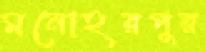
মনোহরপুর